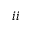
i i